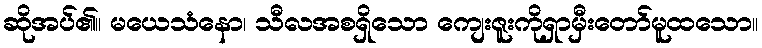
ဆိုအပ်၏။ မယေသံနော၊ သီလအစရှိသော ကျေးဇူးကိုရှာမှီးတော်မူထသော။